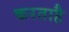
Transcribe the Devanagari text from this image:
करताहै